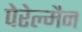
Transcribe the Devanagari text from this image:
पेरेल्मैन